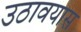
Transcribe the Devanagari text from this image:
उठावयास